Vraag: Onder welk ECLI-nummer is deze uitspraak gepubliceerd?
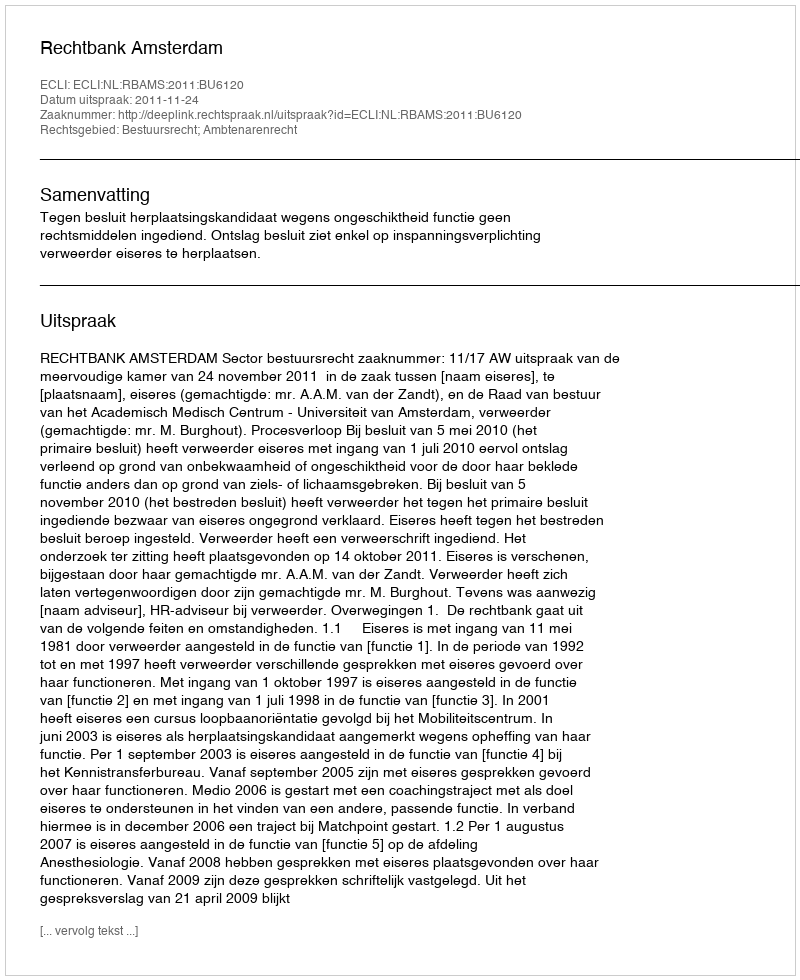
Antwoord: ECLI:NL:RBAMS:2011:BU6120